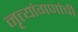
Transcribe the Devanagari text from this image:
नृत्यांगणांची